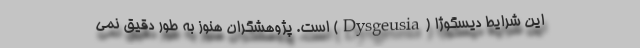
این شرایط دیسگوژا (Dysgeusia) است. پژوهشگران هنوز به طور دقیق نمی